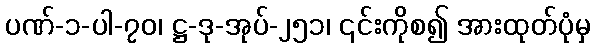
ပဏ်-၁-ပါ-၇၀၊ ဋ္ဌ-ဒု-အုပ်-၂၅၁၊ ၎င်းကိုစ၍ အားထုတ်ပုံမှ